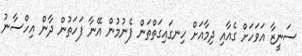
ސަނީޒާ އަވަހަށް ގެއާއި ދިމާއަށް ހިނގައިގަތްތަން ފެނުމުން އޭނާ ފަހަތުން ދާން އިހްސާނު